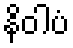
နိဝါပံ